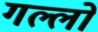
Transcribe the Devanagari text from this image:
गल्लो